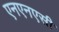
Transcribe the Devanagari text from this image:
एनएनएसी